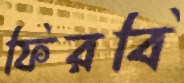
ফিরবি